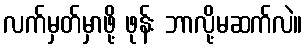
လက်မှတ်မှာဖို့ ဖုန်း ဘာလို့မဆက်လဲ။